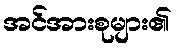
အင်အားစုများ၏